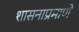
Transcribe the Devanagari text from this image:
शासनाप्रमाणे